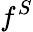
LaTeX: f^{S}